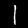
Digit: 1